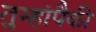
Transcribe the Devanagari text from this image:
तुम्हांपैकी